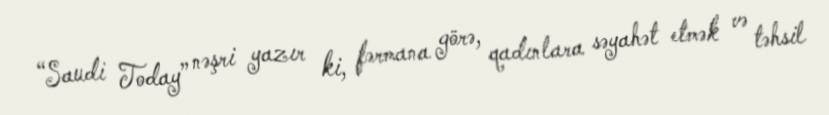
“Saudi Today” nəşri yazır ki, fərmana görə, qadınlara səyahət etmək və təhsil